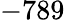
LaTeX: -789